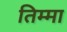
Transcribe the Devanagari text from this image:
तिम्मा